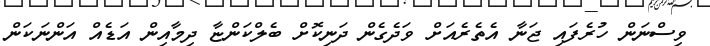
ވިސްނަން ހުރެފައި ޖަނާ އެތެރެއަށް ވަދެގެން ދަނިކޮށް ބެލްކަންޏާ ދިމާއިން އަޑެއް އަންނަކަން